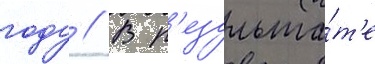
году // В р'езульта́т'е